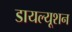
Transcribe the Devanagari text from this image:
डायल्यूशन